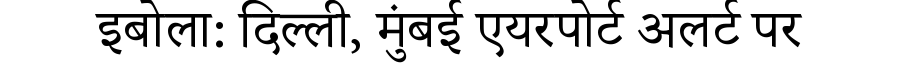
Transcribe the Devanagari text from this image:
इबोला: दिल्ली, मुंबई एयरपोर्ट अलर्ट पर